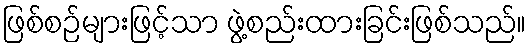
ဖြစ်စဉ်များဖြင့်သာ ဖွဲ့စည်းထားခြင်းဖြစ်သည်။